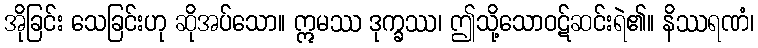
အိုခြင်း သေခြင်းဟု ဆိုအပ်သော။ ဣမဿ ဒုက္ခဿ၊ ဤသို့သောဝဋ်ဆင်းရဲ၏။ နိဿရဏံ၊